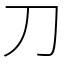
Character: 刀